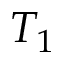
T _ { 1 }